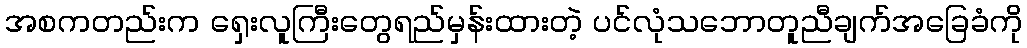
အစကတည်းက ရှေးလူကြီးတွေရည်မှန်းထားတဲ့ ပင်လုံသဘောတူညီချက်အခြေခံကို